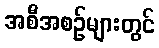
အစီအစဉ်များတွင်